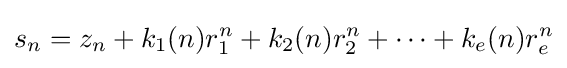
s_{n}=z_{n}+k_{1}(n)r_{1}^{n}+k_{2}(n)r_{2}^{n}+\cdots +k_{e}(n)r_{e}^{n}